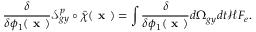
\frac { \delta } { \delta \phi _ { 1 } ( \textbf { x } ) } \mathcal { S } _ { g y } ^ { p } \circ \hat { \chi } ( \textbf { x } ) = \int \frac { \delta } { \delta \phi _ { 1 } ( \textbf { x } ) } d \Omega _ { g y } d t \mathcal { H } F _ { e } .